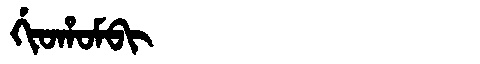
Manchu: ᡤᡳᠣᡥᠣᠮᠪᡳ
Romanization: GIOHOMBI